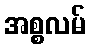
အစ္စလမ်